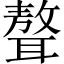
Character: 聱